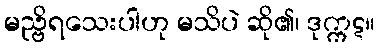
မည္ဗိရသေးပါဟု မသိပဲ ဆို၏၊ ဒုက္ကဋ။